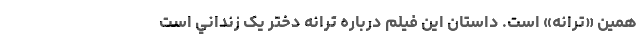
همين «ترانه» است. داستان اين فيلم درباره ترانه دختر يک زنداني است